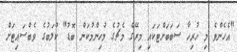
"އެހެންވެ މި ހުރިހާ ސަބަބަށްޓަކައި މިރޭގެ މެޗުގެ މުހިންމުކަން ބޮޑު" ކްލަބުގެ ވެބްސައިޓަށް